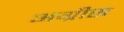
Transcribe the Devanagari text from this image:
अग्रीस